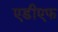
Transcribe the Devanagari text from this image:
एडीएफ